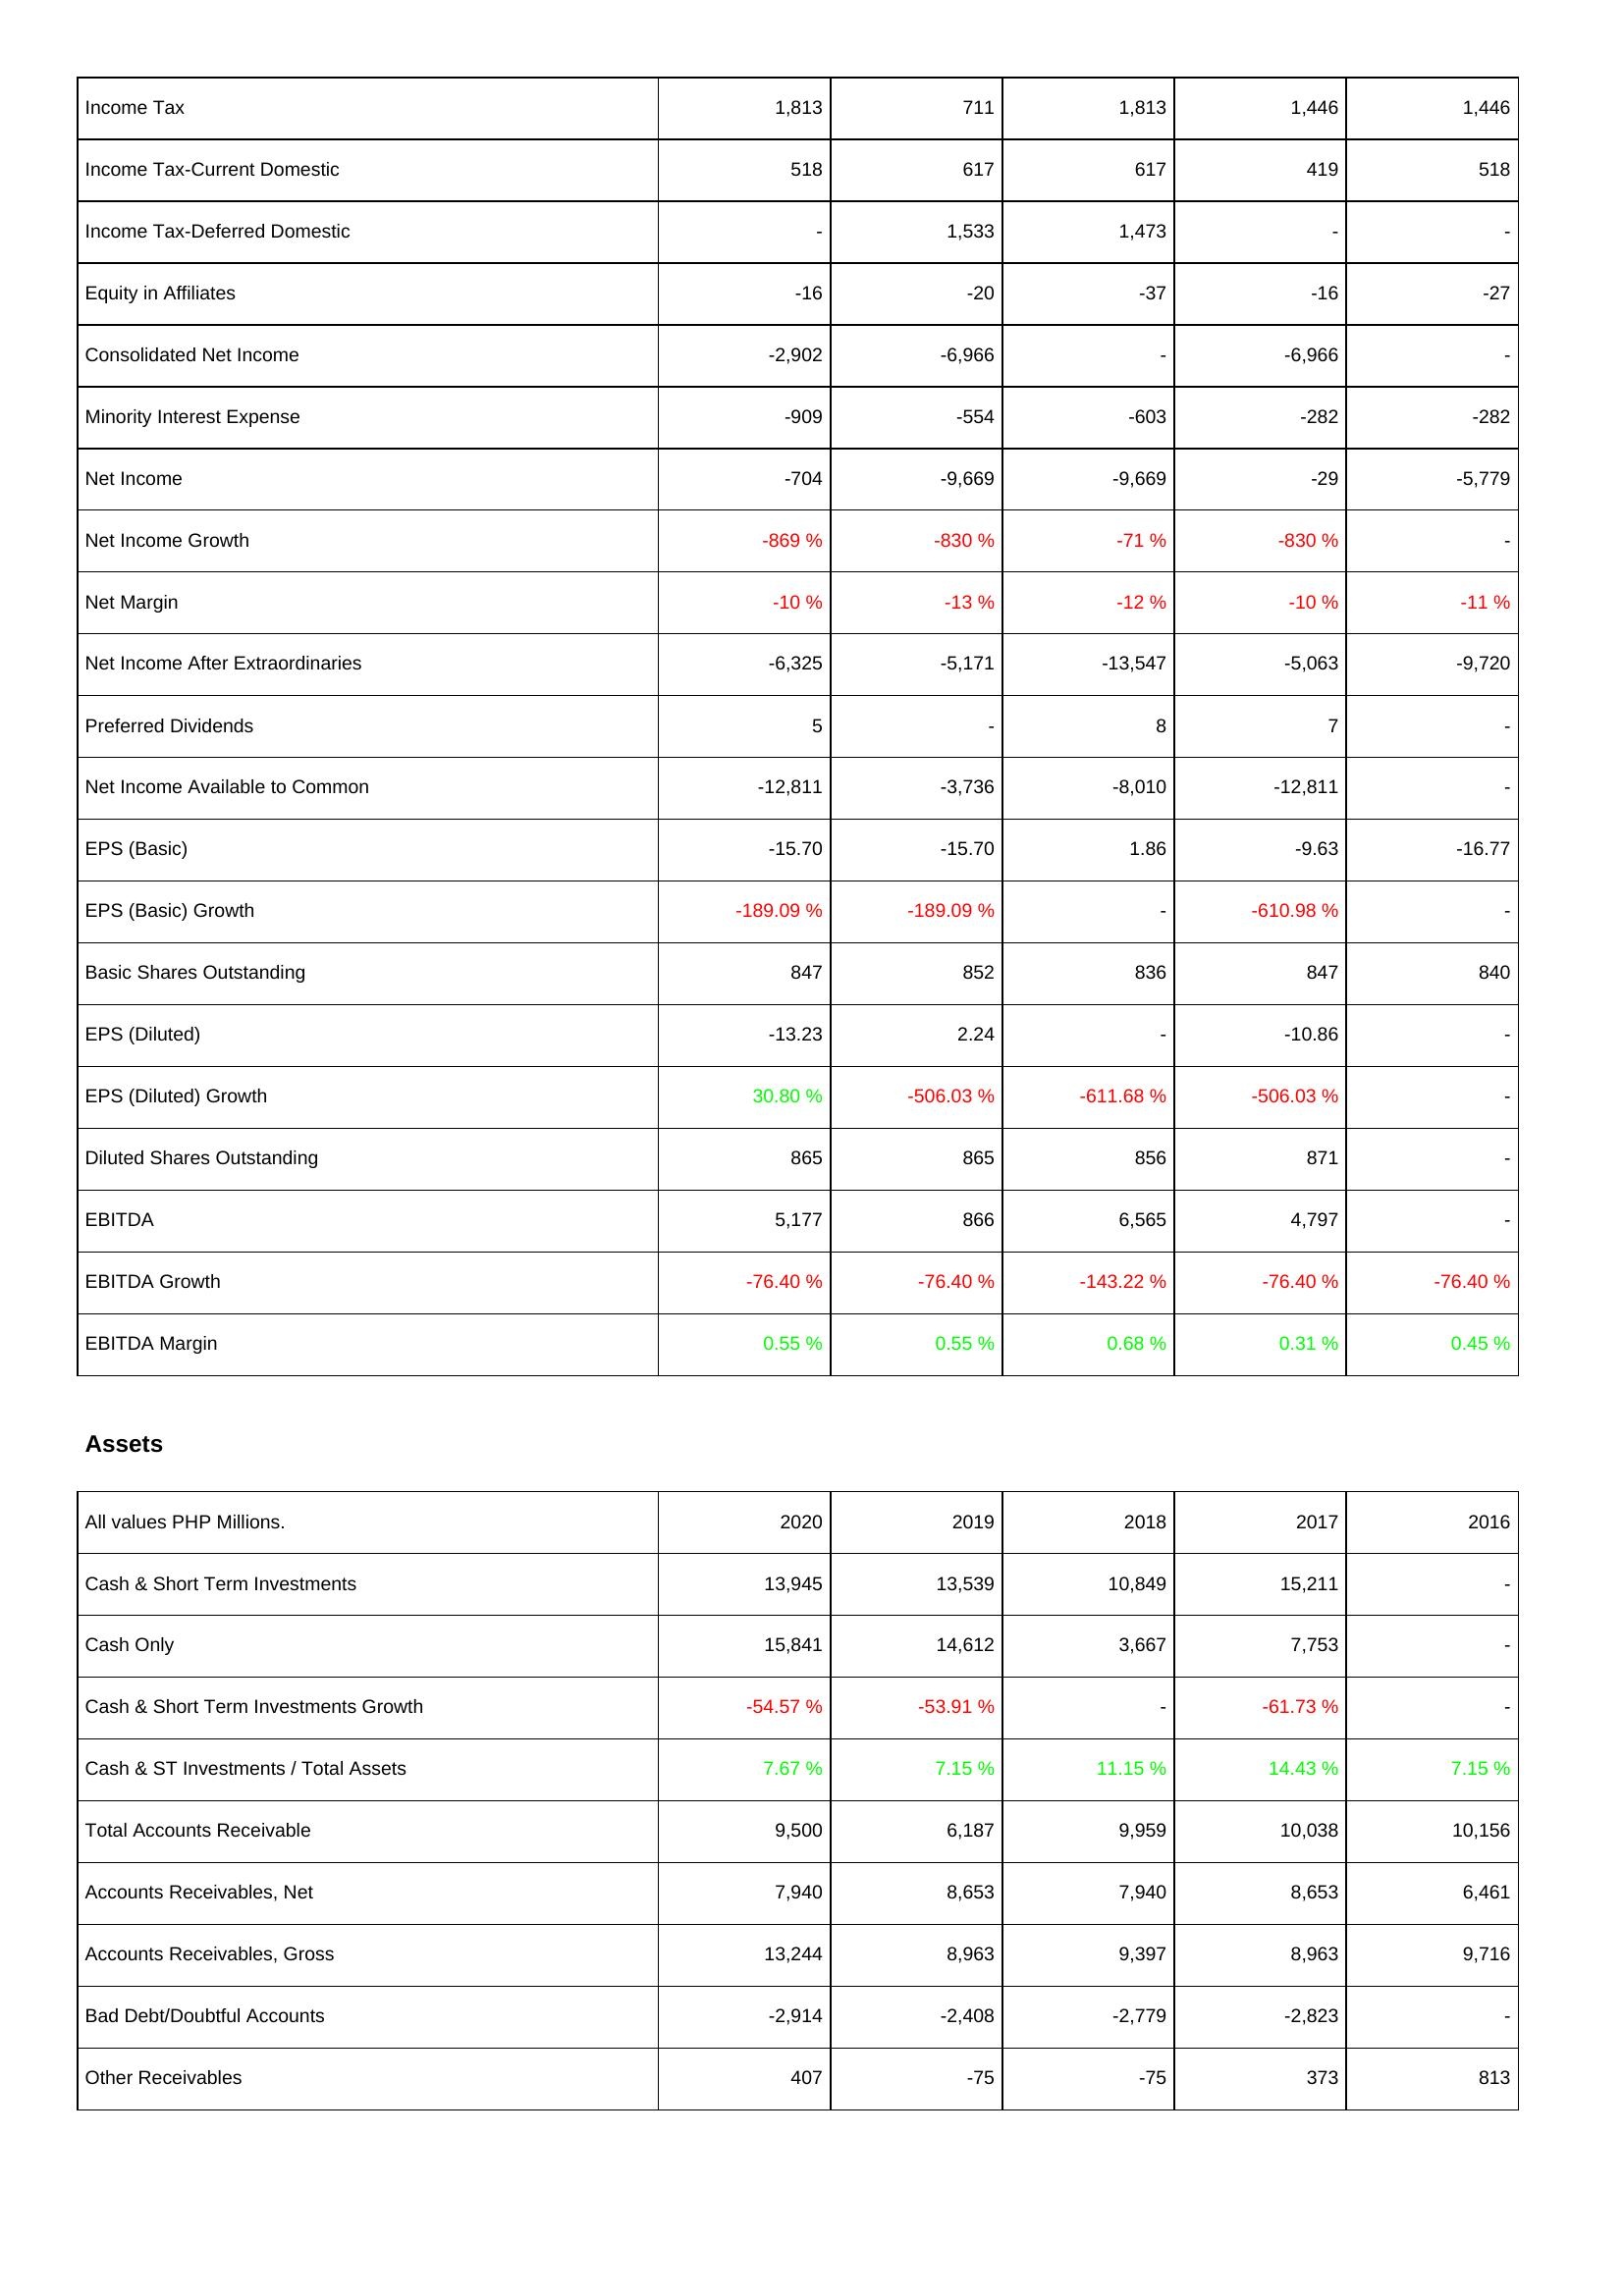
2020: Income Statement: Income Tax: 1,813
Income Tax-Current Domestic: 518
Income Tax-Deferred Domestic: -
Equity in Affiliates: -16
Consolidated Net Income: -2,902
Minority Interest Expense: -909
Net Income: -704
Net Income Growth: -869 %
Net Margin: -10 %
Net Income After Extraordinaries: -6,325
Preferred Dividends: 5
Net Income Available to Common: -12,811
EPS (Basic): -15.70
EPS (Basic) Growth: -189.09 %
Basic Shares Outstanding: 847
EPS (Diluted): -13.23
EPS (Diluted) Growth: 30.80 %
Diluted Shares Outstanding: 865
EBITDA: 5,177
EBITDA Growth: -76.40 %
EBITDA Margin: 0.55 %
Assets: Cash & Short Term Investments: 13,945
Cash Only: 15,841
Cash & Short Term Investments Growth: -54.57 %
Cash & ST Investments / Total Assets: 7.67 %
Total Accounts Receivable: 9,500
Accounts Receivables, Net: 7,940
Accounts Receivables, Gross: 13,244
Bad Debt/Doubtful Accounts: -2,914
Other Receivables: 407
2019: Income Statement: Income Tax: 711
Income Tax-Current Domestic: 617
Income Tax-Deferred Domestic: 1,533
Equity in Affiliates: -20
Consolidated Net Income: -6,966
Minority Interest Expense: -554
Net Income: -9,669
Net Income Growth: -830 %
Net Margin: -13 %
Net Income After Extraordinaries: -5,171
Preferred Dividends: -
Net Income Available to Common: -3,736
EPS (Basic): -15.70
EPS (Basic) Growth: -189.09 %
Basic Shares Outstanding: 852
EPS (Diluted): 2.24
EPS (Diluted) Growth: -506.03 %
Diluted Shares Outstanding: 865
EBITDA: 866
EBITDA Growth: -76.40 %
EBITDA Margin: 0.55 %
Assets: Cash & Short Term Investments: 13,539
Cash Only: 14,612
Cash & Short Term Investments Growth: -53.91 %
Cash & ST Investments / Total Assets: 7.15 %
Total Accounts Receivable: 6,187
Accounts Receivables, Net: 8,653
Accounts Receivables, Gross: 8,963
Bad Debt/Doubtful Accounts: -2,408
Other Receivables: -75
2018: Income Statement: Income Tax: 1,813
Income Tax-Current Domestic: 617
Income Tax-Deferred Domestic: 1,473
Equity in Affiliates: -37
Consolidated Net Income: -
Minority Interest Expense: -603
Net Income: -9,669
Net Income Growth: -71 %
Net Margin: -12 %
Net Income After Extraordinaries: -13,547
Preferred Dividends: 8
Net Income Available to Common: -8,010
EPS (Basic): 1.86
EPS (Basic) Growth: -
Basic Shares Outstanding: 836
EPS (Diluted): -
EPS (Diluted) Growth: -611.68 %
Diluted Shares Outstanding: 856
EBITDA: 6,565
EBITDA Growth: -143.22 %
EBITDA Margin: 0.68 %
Assets: Cash & Short Term Investments: 10,849
Cash Only: 3,667
Cash & Short Term Investments Growth: -
Cash & ST Investments / Total Assets: 11.15 %
Total Accounts Receivable: 9,959
Accounts Receivables, Net: 7,940
Accounts Receivables, Gross: 9,397
Bad Debt/Doubtful Accounts: -2,779
Other Receivables: -75
2017: Income Statement: Income Tax: 1,446
Income Tax-Current Domestic: 419
Income Tax-Deferred Domestic: -
Equity in Affiliates: -16
Consolidated Net Income: -6,966
Minority Interest Expense: -282
Net Income: -29
Net Income Growth: -830 %
Net Margin: -10 %
Net Income After Extraordinaries: -5,063
Preferred Dividends: 7
Net Income Available to Common: -12,811
EPS (Basic): -9.63
EPS (Basic) Growth: -610.98 %
Basic Shares Outstanding: 847
EPS (Diluted): -10.86
EPS (Diluted) Growth: -506.03 %
Diluted Shares Outstanding: 871
EBITDA: 4,797
EBITDA Growth: -76.40 %
EBITDA Margin: 0.31 %
Assets: Cash & Short Term Investments: 15,211
Cash Only: 7,753
Cash & Short Term Investments Growth: -61.73 %
Cash & ST Investments / Total Assets: 14.43 %
Total Accounts Receivable: 10,038
Accounts Receivables, Net: 8,653
Accounts Receivables, Gross: 8,963
Bad Debt/Doubtful Accounts: -2,823
Other Receivables: 373
2016: Income Statement: Income Tax: 1,446
Income Tax-Current Domestic: 518
Income Tax-Deferred Domestic: -
Equity in Affiliates: -27
Consolidated Net Income: -
Minority Interest Expense: -282
Net Income: -5,779
Net Income Growth: -
Net Margin: -11 %
Net Income After Extraordinaries: -9,720
Preferred Dividends: -
Net Income Available to Common: -
EPS (Basic): -16.77
EPS (Basic) Growth: -
Basic Shares Outstanding: 840
EPS (Diluted): -
EPS (Diluted) Growth: -
Diluted Shares Outstanding: -
EBITDA: -
EBITDA Growth: -76.40 %
EBITDA Margin: 0.45 %
Assets: Cash & Short Term Investments: -
Cash Only: -
Cash & Short Term Investments Growth: -
Cash & ST Investments / Total Assets: 7.15 %
Total Accounts Receivable: 10,156
Accounts Receivables, Net: 6,461
Accounts Receivables, Gross: 9,716
Bad Debt/Doubtful Accounts: -
Other Receivables: 813